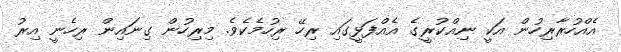
އެއްހުރާރިހުން އަކީ ނިއްކުރީގެ އެއްފަޅީގައި ރިހޭ ރިހުމެކެވެ. މިރިހުން ގިނައިން ރިހެނީ އިރު